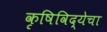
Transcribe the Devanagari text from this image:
कृषिविद्येचा